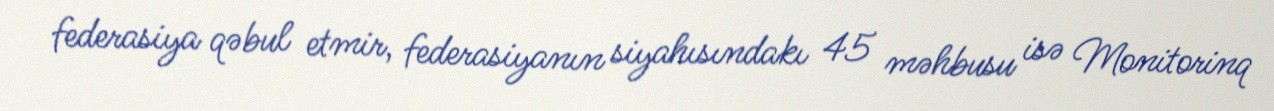
federasiya qəbul etmir, federasiyanın siyahısındakı 45 məhbusu isə Monitorinq